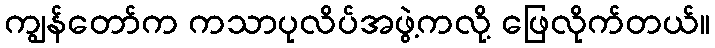
ကျွန်တော်က ကသာပုလိပ်အဖွဲ့ကလို့ ဖြေလိုက်တယ်။